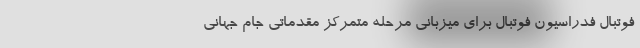
فوتبال فدراسیون فوتبال برای میزبانی مرحله متمرکز مقدماتی جام جهانی